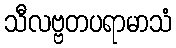
သီလဗ္ဗတပရာမာသံ